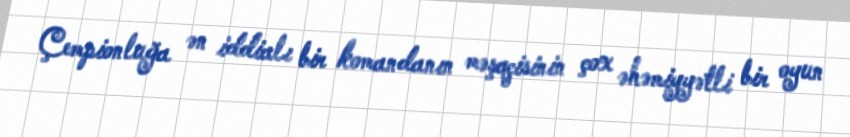
Çempionluğa ən iddialı bir komandanın məşqçisinin çox əhəmiyyətli bir oyun